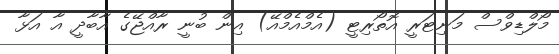
މޯލްޑިވްސް މަނިޓަރީ އޮތޯރިޓީ (އެމްއެމްއޭ) އިން ބުނީ ރާއްޖޭގެ އާބާދީ އާ އަޅާ